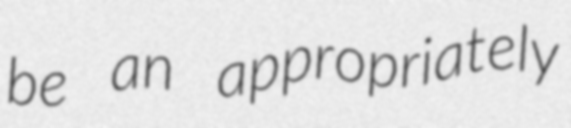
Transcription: be an appropriately